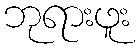
ဘုရားဖူး